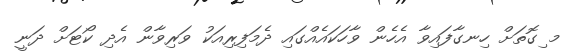
މ ިގޮތަށް ހިނގާފައިވާ އެހެން ވާހަކައެއްގައި ދެމަފިރިއަކު ވަރިވާން އެދި ކޯޓަށް ދަނީ